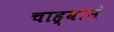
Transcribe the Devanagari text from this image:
चाह्वानं